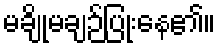
မချိုမချဉ်ပြုံးနေ၏။